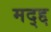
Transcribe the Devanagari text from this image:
मद्द्द